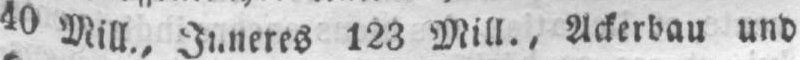
123 Mill., Ackerbau und